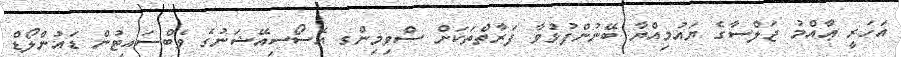
އަހަރީ ޢާއްމު ޖަލްސާގެ ޔައުމިއްޔާ ބޭނުންފުޅުވާ ފަރާތްތަކަށް ސްވިމިންގ އެސޯސިއޭޝަނުގެ ވެބްސައިޓުން ޑައުންލޯޑް